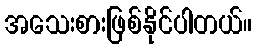
အသေးစားဖြစ်နိုင်ပါတယ်။